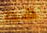
هذا